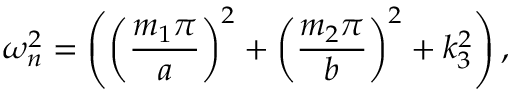
\omega _ { n } ^ { 2 } = \left( \left( \frac { m _ { 1 } \pi } { a } \right) ^ { 2 } + \left( \frac { m _ { 2 } \pi } { b } \right) ^ { 2 } + k _ { 3 } ^ { 2 } \right) ,